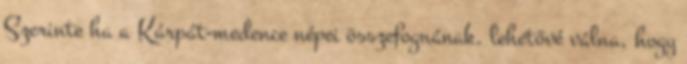
Szerinte ha a Kárpát-medence népei összefognának, lehetővé válna, hogy